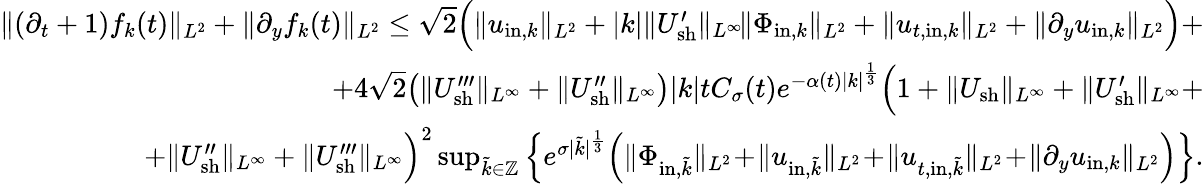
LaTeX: \begin{array}{r}{\| (\partial_{t}+1)f_{k}(t)\| _{L^{2}}+\| \partial_{y}f_{k}(t)\| _{L^{2}}\leq\sqrt{2}\Big(\| u_{\mathrm{in},k}\| _{L^{2}}+|k|\| U_{\mathrm{sh}}^{\prime}\| _{L^{\infty}}\! \| \Phi_{\mathrm{in},k}\| _{L^{2}}+\| u_{t,\mathrm{in},k}\| _{L^{2}}+\| \partial_{y}u_{\mathrm{in},k}\| _{L^{2}}\Big)+}\\ {+4\sqrt{2}\big(\| U_{\mathrm{sh}}^{\prime\prime\prime}\| _{L^{\infty}}+\| U_{\mathrm{sh}}^{\prime\prime}\| _{L^{\infty}}\big)|k|tC_{\sigma}(t)e^{-\alpha(t)|k|^{\frac{1}{3}}}\Big(1+\| U_{\mathrm{sh}}\| _{L^{\infty}}+\| U_{\mathrm{sh}}^{\prime}\| _{L^{\infty}}+}\\ {+\| U_{\mathrm{sh}}^{\prime\prime}\| _{L^{\infty}}+\| U_{\mathrm{sh}}^{\prime\prime\prime}\| _{L^{\infty}}\Big)^{2}\operatorname*{sup}_{\tilde{k}\in\mathbb Z}\Big\{ e^{\sigma|\tilde{k}|^{\frac{1}{3}}}\Big(\| \Phi_{\mathrm{in},\tilde{k}}\| _{L^{2}}\! +\! \| u_{\mathrm{in},\tilde{k}}\| _{L^{2}}\! +\! \| u_{t,\mathrm{in},\tilde{k}}\| _{L^{2}}\! +\! \| \partial_{y}u_{\mathrm{in},k}\| _{L^{2}}\Big)\Big\} .}\end{array}